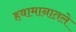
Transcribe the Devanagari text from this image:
हवामानातले